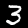
Digit: 3